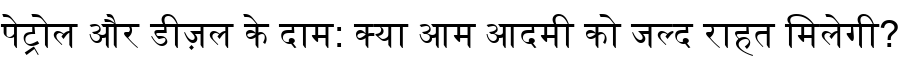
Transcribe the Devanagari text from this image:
पेट्रोल और डीज़ल के दाम: क्या आम आदमी को जल्द राहत मिलेगी?